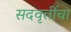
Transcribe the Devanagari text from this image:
सदवृत्तींचा